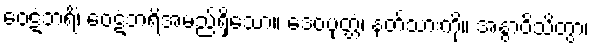
ဝေဋံဘရိံ၊ ဝေဋံဘရိအမည်ရှိသော။ ဒေဝပုတ္တံ၊ နတ်သားကို။ အနွာဝိသိတွာ၊